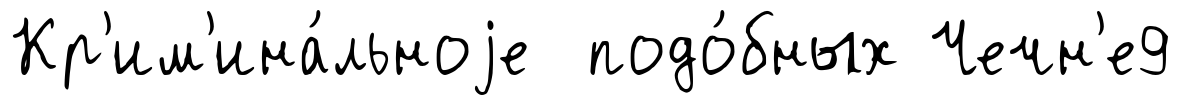
Кр'им'ина́льноjе подо́бных Чечн'е9